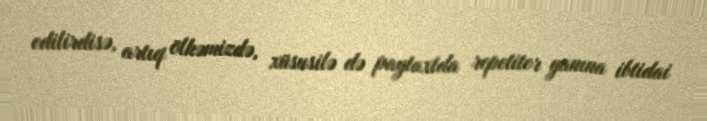
edilirdisə, artıq ölkəmizdə, xüsusilə də paytaxtda repetitor yanına ibtidai